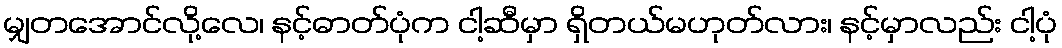
မျှတအောင်လို့လေ၊ နင့်ဓာတ်ပုံက ငါ့ဆီမှာ ရှိတယ်မဟုတ်လား၊ နင့်မှာလည်း ငါ့ပုံ